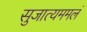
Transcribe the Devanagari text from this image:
सुजात्यममलं